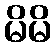
မိမိ